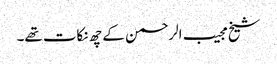
شیخ مجیب الرحمن کے چھ نکات تھے۔